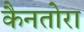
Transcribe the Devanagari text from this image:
कैनतोरा